Report on sanitation, dispensaries, and jails in Rajputana for 1917, and on vaccination for the year 1917-1918 - 1917-1918
Year: 1917
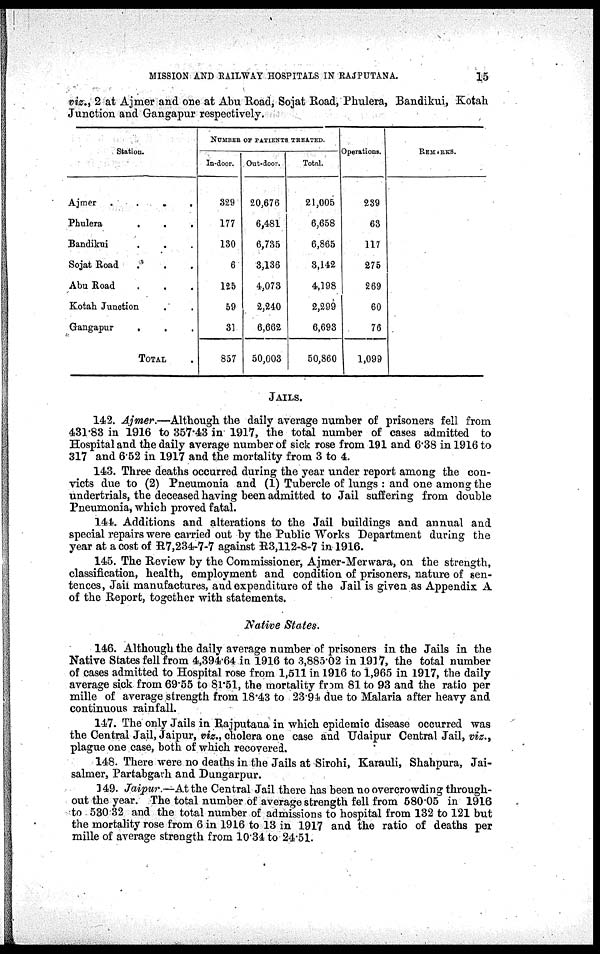
MISSION AND RAILWAY HOSPITALS IN RAJPUTANA.
15
viz., 2 at Ajmer and one at Abu Road, Sojat Road, Phulera, Bandikui, Kotah
Junction and Gangapur respectively.
Station.
Ajmer
.
.
.
.
Phulera
.
.
.
Bandikui . . .
Sojat Road . . .
Abu Road . . .
Kotah Junction . .
Gangapur
. . .
TOTAL .
NUMBER OF PATIENTS TREATED.
In-door.
329
177
130
6
125
59
31
857
Out-door.
20,676
6,481
6,735
3,136
4,073
2,240
6,662
50,003
Total.
21,005
6,658
6,865
3,142
4,198
2,299
6,693
50,860
Operations.
239
63
117
275
269
60
76
1,099
REMARKS.
JAILS.
142. Ajmer.—Although the daily average number of prisoners fell from
431.83 in 1916 to 357.43 in 1917, the total number of cases admitted to
Hospital and the daily average number of sick rose from 191 and 6.38 in 1916 to
317 and 6.52 in 1917 and the mortality from 3 to 4.
143. Three deaths occurred during the year under report among the con-
victs due to (2) Pneumonia and (1) Tubercle of lungs : and one among the
undertrials, the deceased having been admitted to Jail suffering from double
Pneumonia, which proved fatal.
144. Additions and alterations to the Jail buildings and annual and
special repairs were carried out by the Public Works Department during the
year at a cost of R7,234-7-7 against R3,112-8-7 in 1916.
145. The Review by the Commissioner, Ajmer-Merwara, on the strength,
classification, health, employment and condition of prisoners, nature of sen-
tences, Jail manufactures, and expenditure of the Jail is given as Appendix A
of the Report, together with statements.
Native States.
146. Although the daily average number of prisoners in the Jails in the
Native States fell from 4,394.64 in 1916 to 3,885.02 in 1917, the total number
of cases admitted to Hospital rose from 1,511 in 1916 to 1,965 in 1917, the daily
average sick from 69.55 to 81.51, the mortality from 81 to 93 and the ratio per
mille of average strength from 18.43 to 23.94 due to Malaria after heavy and
continuous rainfall.
147. The only Jails in Rajputana in which epidemic disease occurred was
the Central Jail, Jaipur, viz., cholera one case and Udaipur Central Jail, viz.,
plague one case, both of which recovered.
148. There were no deaths in the Jails at Sirohi, Karauli, Shahpura, Jai¬
salmer, Partabgarh and Dungarpur.
149. Jaipur.—At the Central Jail there has been no overcrowding through-
out the year. The total number of average strength fell from 580.05 in 1916
to 530.32 and the total number of admissions to hospital from 132 to 121 but
the mortality rose from 6 in 1916 to 13 in 1917 and the ratio of deaths per
mille of average strength from 10.34 to 24.51.